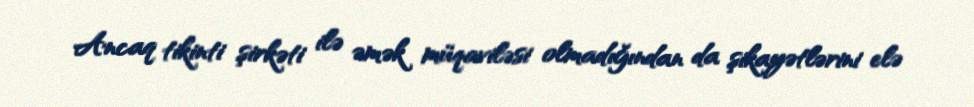
Ancaq tikinti şirkəti ilə əmək müqaviləsi olmadığından da şikayətlərini elə